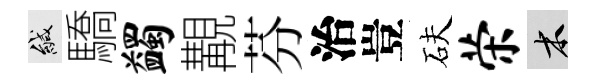
緘驕蠲覯芬治豈砆荣木